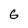
Character: 6